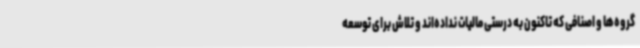
گروه‌ها و اصنافی که تاکنون به درستی مالیات نداده‌اند و تلاش برای توسعه